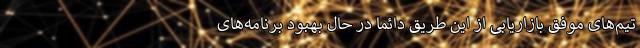
تیم‌های موفق بازاریابی از این طریق دائما در حال بهبود برنامه‌های